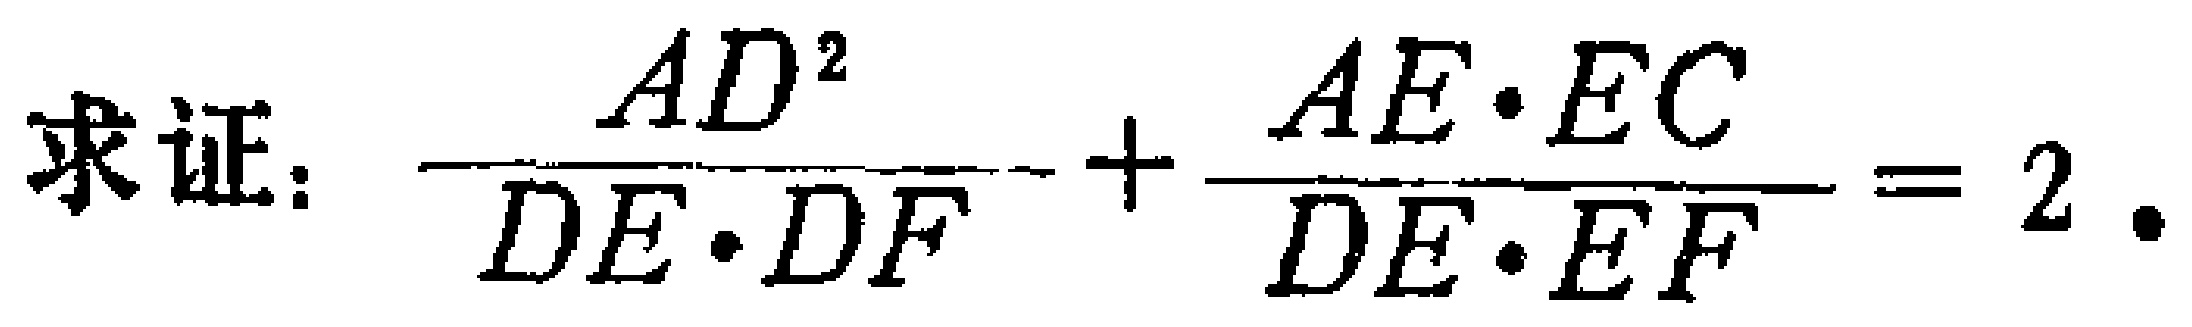
求证：\(\frac{AD^{2}}{DE\cdot DF}+\frac{AE\cdot EC}{DE\cdot EF}=2\)。